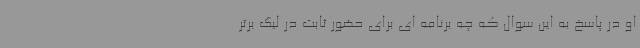
او در پاسخ به این سوال که چه برنامه ای برای حضور ثابت در لیگ برتر